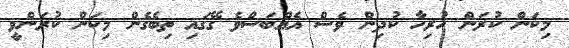
މިކަން ކުރަން ހުރިހާ ކުދިން ވެސް އެއްބަސްވެ ގޭގައި ތިބެގެން މިކަން ކުރަންވީ